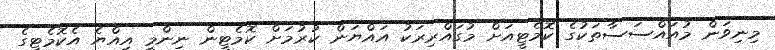
މިނިވަން މުއައްސަސާތަކުގެ ކޮމެޓީއަށް މުގައްރިރަކު އައްޔަން ކުރުމަށް ކޮމެޓީން ނިންމީ އިއްޔެ އެކޮމެޓީގެ